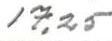
17,25